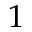
1